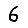
Digit: 6